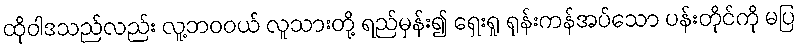
ထိုဝါဒသည်လည်း လူ့ဘဝဝယ် လူသားတို့ ရည်မှန်း၍ ရှေးရှု ရုန်းကန်အပ်သော ပန်းတိုင်ကို မပြ